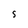
Character: s